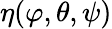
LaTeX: \eta(\varphi,\theta,\psi)